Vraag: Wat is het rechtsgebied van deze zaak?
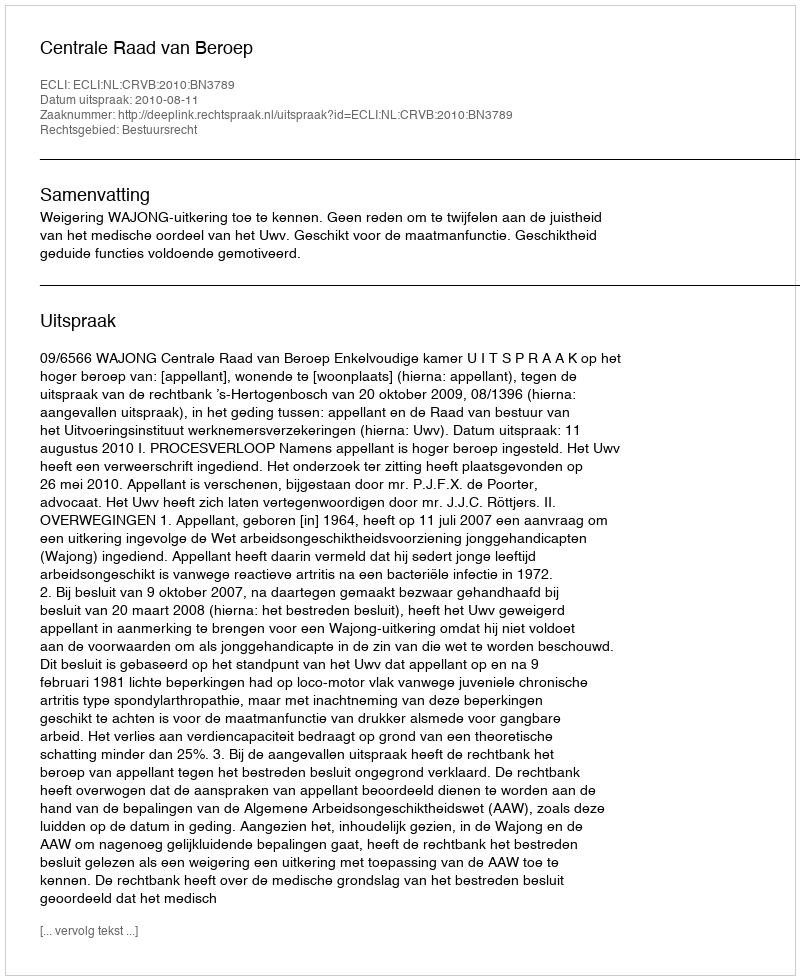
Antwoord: Bestuursrecht